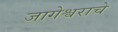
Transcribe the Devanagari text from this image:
जागेश्वराचे